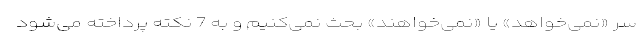
سر «نمی‌خواهد» یا «نمی‌خواهند» بحث نمی‌کنیم و به 7 نکته پرداخته می‌شود